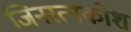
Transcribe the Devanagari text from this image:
जिनरत्नकोश